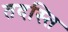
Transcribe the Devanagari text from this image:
तदस्ति